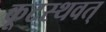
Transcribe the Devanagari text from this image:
कूटस्थवत्‌